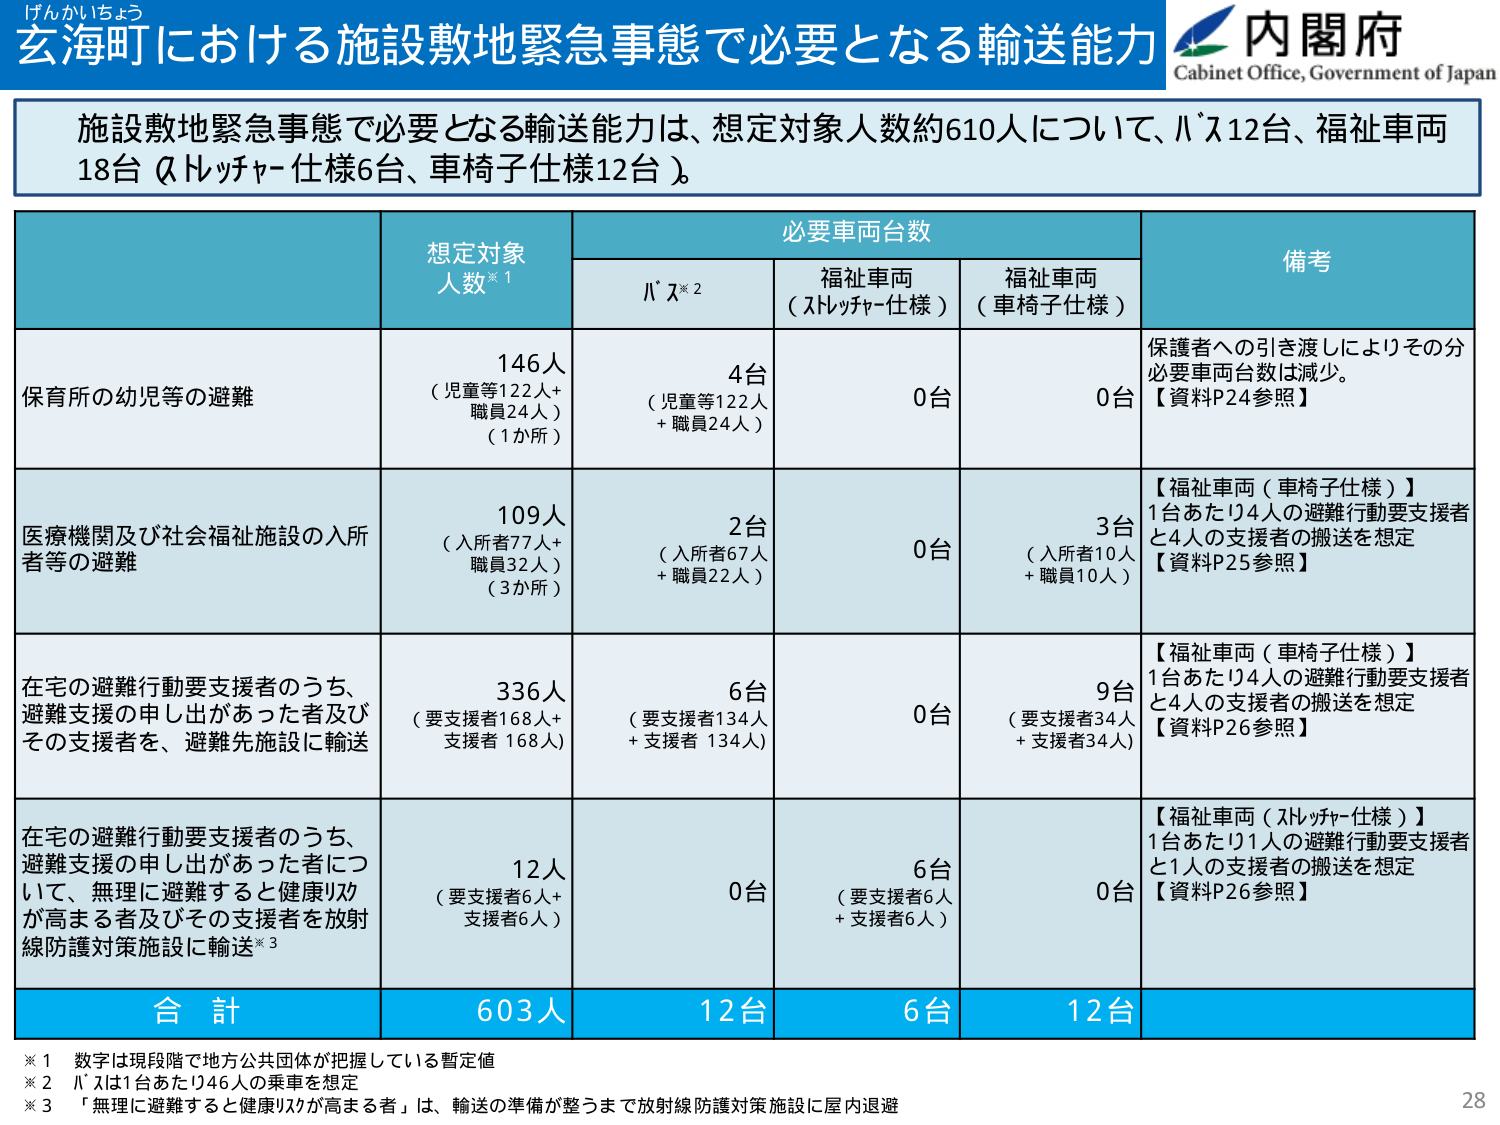
げんかいちょう
玄海町における施設敷地緊急事態で必要となる輸送能力
内閣府
Cabinet Office, Government of Japan

施設敷地緊急事態で必要となる輸送能力は、想定対象人数約610人について、バス12台、福祉車両18台（ストレッチャー仕様6台、車椅子仕様12台）。

| | 想定対象人数※1 | 必要車両台数 | | 備考 |
|---|---|---|---|---|
| | | バス※2 | 福祉車両（ストレッチャー仕様） | 福祉車両（車椅子仕様） | |
| 保育所の幼児等の避難 | 146人（児童等122人＋職員24人）（1か所） | 4台（児童等122人＋職員24人） | 0台 | 0台 | 保護者への引き渡しによりその分必要車両台数は減少。【資料P24参照】 |
| 医療機関及び社会福祉施設の入所者等の避難 | 109人（入所者77人＋職員32人）（3か所） | 2台（入所者67人＋職員22人） | 0台 | 3台（入所者10人＋職員10人） | 【福祉車両（車椅子仕様）】1台あたり4人の避難行動要支援者と4人の支援者の搬送を想定【資料P25参照】 |
| 在宅の避難行動要支援者のうち、避難支援の申し出があった者及びその支援者を、避難先施設に輸送 | 336人（要支援者168人＋支援者168人） | 6台（要支援者134人＋支援者134人） | 0台 | 9台（要支援者34人＋支援者34人） | 【福祉車両（車椅子仕様）】1台あたり4人の避難行動要支援者と4人の支援者の搬送を想定【資料P26参照】 |
| 在宅の避難行動要支援者のうち、避難支援の申し出があった者について、無理に避難すると健康リスクが高まる者及びその支援者を放射線防護対策施設に輸送※3 | 12人（要支援者6人＋支援者6人） | 0台 | 6台（要支援者6人＋支援者6人） | 0台 | 【福祉車両（ストレッチャー仕様）】1台あたり1人の避難行動要支援者と1人の支援者の搬送を想定【資料P26参照】 |
| 合計 | 603人 | 12台 | 6台 | 12台 | |

※1 数字は現段階で地方公共団体が把握している暫定値
※2 バスは1台あたり46人の乗車を想定
※3 「無理に避難すると健康リスクが高まる者」は、輸送の準備が整うまで放射線防護対策施設に屋内退避

28